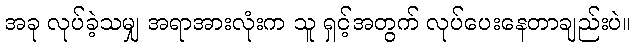
အခု လုပ်ခဲ့သမျှ အရာအားလုံးက သူ ရှင့်အတွက် လုပ်ပေးနေတာချည်းပဲ။